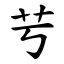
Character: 䒓